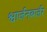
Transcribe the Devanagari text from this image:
श्वार्जनबर्जर